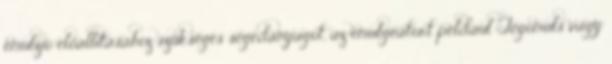
emulzió előállításához szükséges segédanyagot, az emulgeátort például Tegomuls vagy